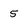
Character: 5